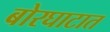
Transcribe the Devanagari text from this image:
बोरघाटात